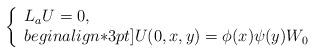
LaTeX: \begin{align*}\left\{\begin{array}{lll}L_aU=0,\\begin{align*}3pt]U(0,x,y)={ \phi}(x){ \psi}(y)W_0\end{array}\right.\end{align*}